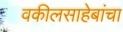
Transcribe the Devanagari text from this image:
वकीलसाहेबांचा